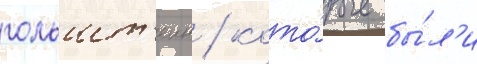
гольшт'еин / кото́рые бы́л'и